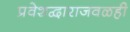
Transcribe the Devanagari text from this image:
प्रवेशद्वाराजवळही